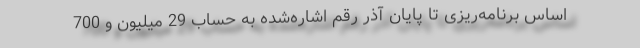
اساس برنامه‌ریزی تا پایان آذر رقم اشاره‌شده به حساب 29 میلیون و 700